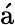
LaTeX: \mathrm{{\acute{a}}}